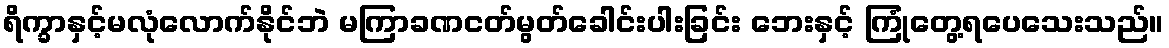
ရိက္ခာနှင့်မလုံလောက်နိုင်ဘဲ မကြာခဏငတ်မွတ်ခေါင်းပါးခြင်း ဘေးနှင့် ကြုံတွေ့ရပေသေးသည်။